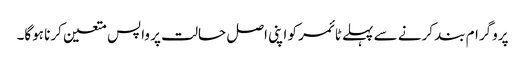
پروگرام بند کرنے سے پہلے ٹائمر کو اپنی اصل حالت پر واپس متعین کرنا ہوگا۔